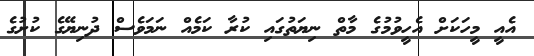
އެއީ މީހަކަށް އެހީވުމުގެ މާތް ނިޔަތުގައި ކުރާ ކަމެއް ނަމަވެސް ދުނިޔޭގެ ކުށުގެ